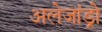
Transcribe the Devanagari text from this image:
अलेजांड्रो